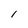
Character: l